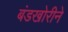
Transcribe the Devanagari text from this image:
बंडखोरीने